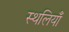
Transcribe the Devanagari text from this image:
स्थलियाँ